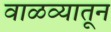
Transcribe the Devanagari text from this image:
वाळव्यातून